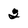
Character: 2